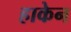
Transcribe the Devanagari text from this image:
हाकेन